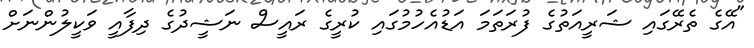
"އޭގެ ތެރޭގައި ޝަރީއަތުގެ ފުރަތަމަ އަޑުއެހުމުގައި ކުރީގެ ރައީސް ނަޝީދުގެ ދިފާއީ ވަކީލުންނަށް